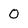
Character: 0